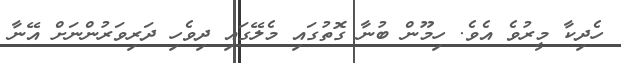
ހެދިކާ މީރުވެ އެވެ. ހިމޫން ބުނާ ގޮތުގައި މެލޭގައި ދިވެހި ދަރިވަރުންނަށް އޭނާ